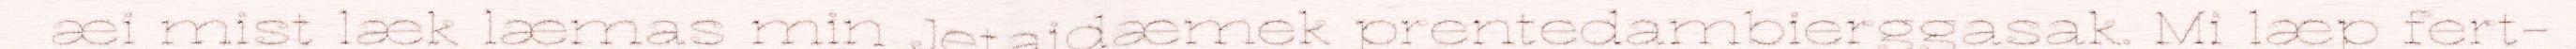
æi mist læk læmas min Jetaidæmek prentedambierggasak. Mi læp fert-